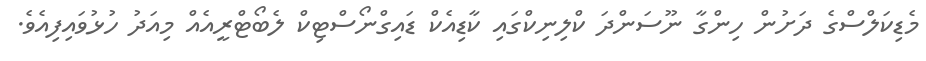
މެޑިކަލްސްގެ ދަށުން ހިންގާ ނޫސަންދަ ކްލިނިކްގައި ކާޑިއެކް ޑައިގްނޯސްޓިކް ލެބޯޓްރީއެއް މިއަދު ހުޅުވައިފިއެވެ.